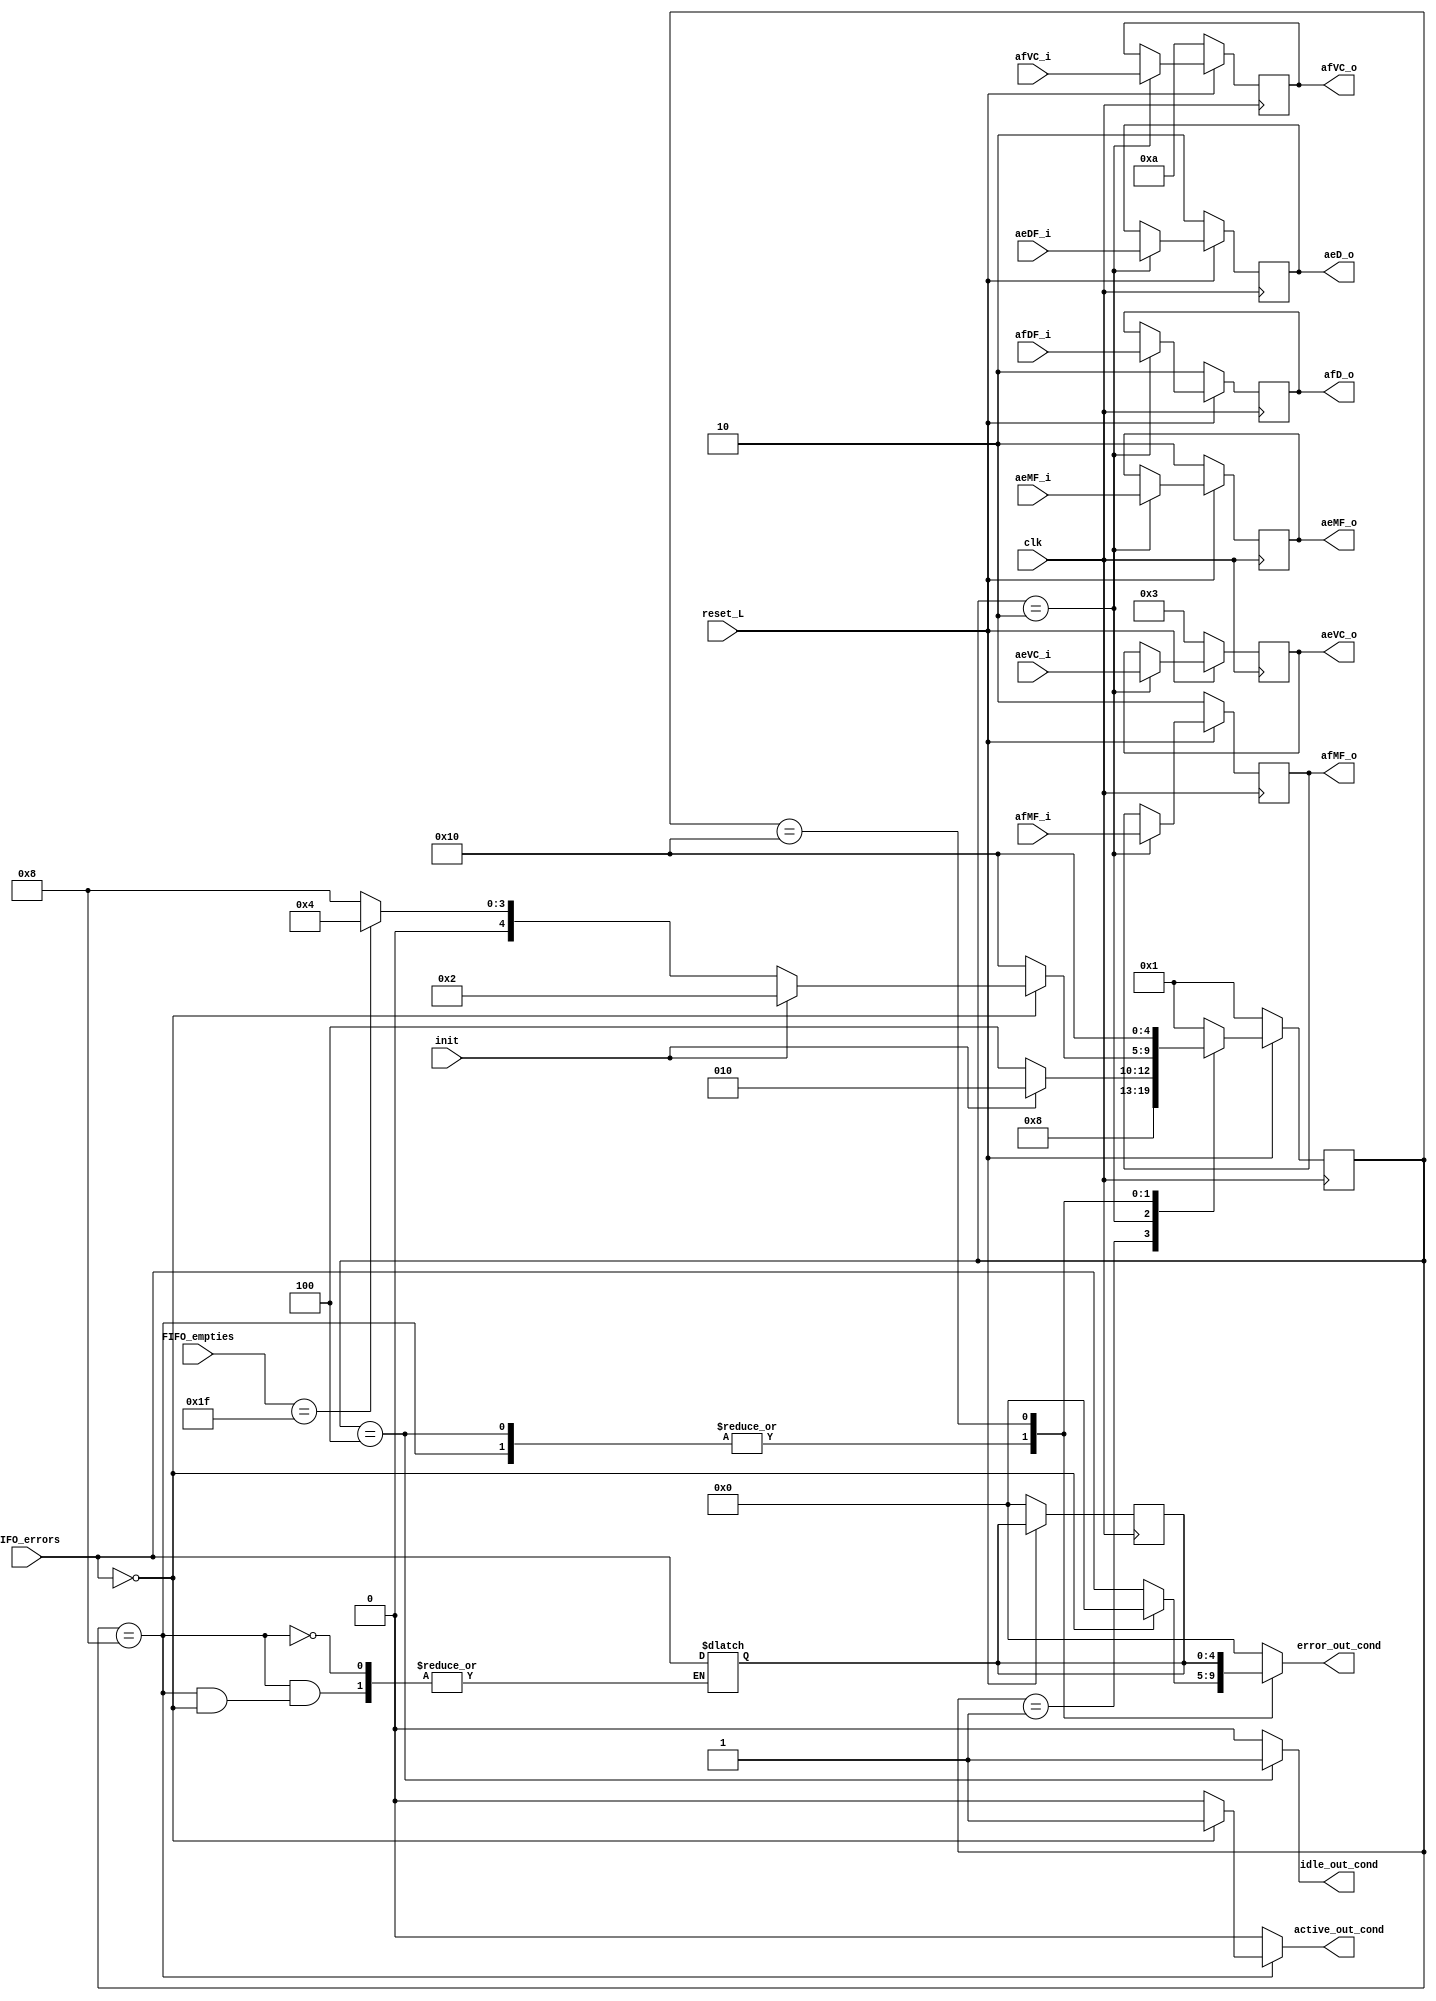
module fsm (
        input clk,
        input reset_L,
        input init,
        input [4:0] FIFO_errors,
        input [4:0]FIFO_empties,
        input [1:0] afMF_i,
        input [1:0] aeMF_i,
        input [3:0] afVC_i,
        input [3:0] aeVC_i,
        input [1:0] afDF_i,
        input [1:0] aeDF_i,
        output reg [4:0]error_out_cond,
        output reg active_out_cond,
        output reg idle_out_cond,
        output reg [1:0] afMF_o,
        output reg [1:0] aeMF_o,
        output reg [1:0] afD_o,
        output reg [1:0] aeD_o,
        output reg [3:0] afVC_o,
        output reg [3:0] aeVC_o);

    //FF
    reg [4:0] estado, estado_proximo;
    reg [4:0] error_ant;
  
    //Estados
    parameter RESET='b00001;
    parameter INIT='b00010;
    parameter IDLE='b00100;
    parameter ACTIVE='b01000;
    parameter ERROR='b10000;


    always @(posedge clk)begin
      if (!reset_L) begin
        estado<=RESET;
        afMF_o<='b10;
        aeMF_o<='b10;
        afVC_o<='b1010;
        aeVC_o<='b0011;
        afD_o<='b10;
        aeD_o<='b10;
        error_ant<='b0;
      end else begin
        estado<=estado_proximo;
        if(estado==INIT)begin    
            afMF_o<=afMF_i;
            aeMF_o<=aeMF_i;
            afVC_o<=afVC_i;
            aeVC_o<=aeVC_i;
            afD_o<=afDF_i;
            aeD_o<=aeDF_i;
        end
      end
    end



    always @(*)begin
        error_out_cond=0;
        active_out_cond=0;
        idle_out_cond='b0;
        estado_proximo=RESET;
        //Seleccion de proximos estados
        case (estado)
        RESET: begin
            estado_proximo=INIT;
            error_out_cond='b0;
            active_out_cond='b0;
            idle_out_cond='b0;
        end

        INIT:begin
            if (init) begin
                estado_proximo=INIT;
            end else begin
                estado_proximo=IDLE;
            end
            error_out_cond='b0;
            active_out_cond='b0;
            idle_out_cond='b0;

            // afMF_o=afMF_i;
            // aeMF_o=aeMF_i;
            // afVC_o=afVC_i;
            // aeVC_o=aeVC_i;
            // afD_o=afDF_i;
            // aeD_o=aeDF_i;
        end

        IDLE:begin
            if (FIFO_errors==0) begin
                if (init==1) begin
                    estado_proximo=INIT;
                end else begin
                    if (FIFO_empties==31) begin
                        estado_proximo=IDLE;
                    end else begin
                        estado_proximo=ACTIVE;
                    end
                end
                    error_out_cond='b0;
                    active_out_cond='b0;
                    idle_out_cond='b1;
            end 
          
            else begin
                estado_proximo=ERROR;
                error_out_cond=FIFO_errors;
                active_out_cond='b0;
                idle_out_cond='b1;
            end
        end

        ACTIVE:begin
            if (FIFO_errors==0) begin
                if (init==1) begin
                    estado_proximo=INIT;
                end else begin
                    if (FIFO_empties==31) begin
                        estado_proximo=IDLE;
                    end else begin
                        estado_proximo=ACTIVE;
                    end
                end
                error_out_cond='b0;
                active_out_cond='b1;
                idle_out_cond='b0;
            end
          
          else begin
            estado_proximo=ERROR;
            error_ant=FIFO_errors;
            error_out_cond=FIFO_errors;
            active_out_cond='b0;
            idle_out_cond='b0;
          end
        end

        ERROR:begin
            estado_proximo=ERROR;
            error_out_cond=error_ant;
            active_out_cond='b0;
            idle_out_cond='b0;
        end
        default:begin
            estado_proximo=RESET;
        end
        endcase
    end
endmodule